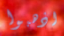
اذهبوا